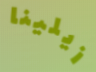
زيلينا